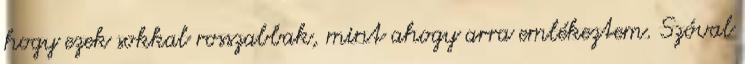
hogy ezek sokkal rosszabbak, mint ahogy arra emlékeztem. Szóval